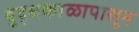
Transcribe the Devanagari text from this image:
बुद्धकाळापासून